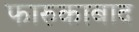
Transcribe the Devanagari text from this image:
फारुकाबाद